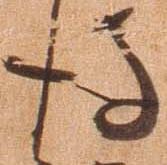
後